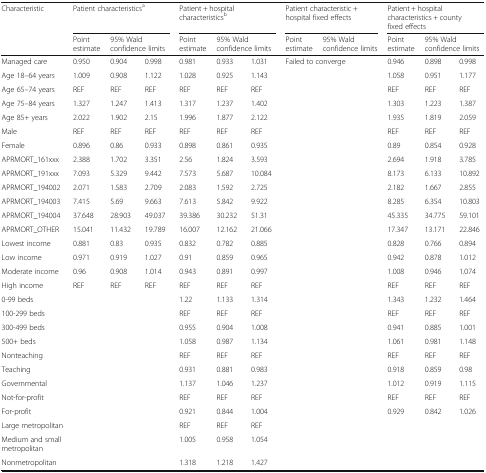
<table><thead><tr><td rowspan="2"><b>Characteristic</b></td><td colspan="3"><b>Patient characteristics<sup>a</sup></b></td><td colspan="3"><b>Patient + hospital characteristics<sup>b</sup></b></td><td colspan="2"><b>Patient characteristic + hospital fixed effects</b></td><td colspan="3"><b>Patient + hospital characteristics + county fixed effects</b></td></tr><tr><td><b>Point estimate</b></td><td colspan="2"><b>95% Wald confidence limits</b></td><td><b>Point estimate</b></td><td colspan="2"><b>95% Wald confidence limits</b></td><td><b>Point estimate</b></td><td><b>95% Wald confidence limits</b></td><td><b>Point estimate</b></td><td colspan="2"><b>95% Wald confidence limits</b></td></tr></thead><tbody><tr><td>Managed care</td><td>0.950</td><td>0.904</td><td>0.998</td><td>0.981</td><td>0.933</td><td>1.031</td><td colspan="2">Failed to converge</td><td>0.946</td><td>0.898</td><td>0.998</td></tr><tr><td>Age 18–64 years</td><td>1.009</td><td>0.908</td><td>1.122</td><td>1.028</td><td>0.925</td><td>1.143</td><td></td><td></td><td>1.058</td><td>0.951</td><td>1.177</td></tr><tr><td>Age 65–74 years</td><td>REF</td><td>REF</td><td>REF</td><td>REF</td><td>REF</td><td>REF</td><td></td><td></td><td>REF</td><td>REF</td><td>REF</td></tr><tr><td>Age 75–84 years</td><td>1.327</td><td>1.247</td><td>1.413</td><td>1.317</td><td>1.237</td><td>1.402</td><td></td><td></td><td>1.303</td><td>1.223</td><td>1.387</td></tr><tr><td>Age 85+ years</td><td>2.022</td><td>1.902</td><td>2.15</td><td>1.996</td><td>1.877</td><td>2.122</td><td></td><td></td><td>1.935</td><td>1.819</td><td>2.059</td></tr><tr><td>Male</td><td>REF</td><td>REF</td><td>REF</td><td>REF</td><td>REF</td><td>REF</td><td></td><td></td><td>REF</td><td>REF</td><td>REF</td></tr><tr><td>Female</td><td>0.896</td><td>0.86</td><td>0.933</td><td>0.898</td><td>0.861</td><td>0.935</td><td></td><td></td><td>0.89</td><td>0.854</td><td>0.928</td></tr><tr><td>APRMORT_161xxx</td><td>2.388</td><td>1.702</td><td>3.351</td><td>2.56</td><td>1.824</td><td>3.593</td><td></td><td></td><td>2.694</td><td>1.918</td><td>3.785</td></tr><tr><td>APRMORT_191xxx</td><td>7.093</td><td>5.329</td><td>9.442</td><td>7.573</td><td>5.687</td><td>10.084</td><td></td><td></td><td>8.173</td><td>6.133</td><td>10.892</td></tr><tr><td>APRMORT_194002</td><td>2.071</td><td>1.583</td><td>2.709</td><td>2.083</td><td>1.592</td><td>2.725</td><td></td><td></td><td>2.182</td><td>1.667</td><td>2.855</td></tr><tr><td>APRMORT_194003</td><td>7.415</td><td>5.69</td><td>9.663</td><td>7.613</td><td>5.842</td><td>9.922</td><td></td><td></td><td>8.285</td><td>6.354</td><td>10.803</td></tr><tr><td>APRMORT_194004</td><td>37.648</td><td>28.903</td><td>49.037</td><td>39.386</td><td>30.232</td><td>51.31</td><td></td><td></td><td>45.335</td><td>34.775</td><td>59.101</td></tr><tr><td>APRMORT_OTHER</td><td>15.041</td><td>11.432</td><td>19.789</td><td>16.007</td><td>12.162</td><td>21.066</td><td></td><td></td><td>17.347</td><td>13.171</td><td>22.846</td></tr><tr><td>Lowest income</td><td>0.881</td><td>0.83</td><td>0.935</td><td>0.832</td><td>0.782</td><td>0.885</td><td></td><td></td><td>0.828</td><td>0.766</td><td>0.894</td></tr><tr><td>Low income</td><td>0.971</td><td>0.919</td><td>1.027</td><td>0.91</td><td>0.859</td><td>0.965</td><td></td><td></td><td>0.942</td><td>0.878</td><td>1.012</td></tr><tr><td>Moderate income</td><td>0.96</td><td>0.908</td><td>1.014</td><td>0.943</td><td>0.891</td><td>0.997</td><td></td><td></td><td>1.008</td><td>0.946</td><td>1.074</td></tr><tr><td>High income</td><td>REF</td><td>REF</td><td>REF</td><td>REF</td><td>REF</td><td>REF</td><td></td><td></td><td>REF</td><td>REF</td><td>REF</td></tr><tr><td>0-99 beds</td><td></td><td></td><td></td><td>1.22</td><td>1.133</td><td>1.314</td><td></td><td></td><td>1.343</td><td>1.232</td><td>1.464</td></tr><tr><td>100-299 beds</td><td></td><td></td><td></td><td>REF</td><td>REF</td><td>REF</td><td></td><td></td><td>REF</td><td>REF</td><td>REF</td></tr><tr><td>300-499 beds</td><td></td><td></td><td></td><td>0.955</td><td>0.904</td><td>1.008</td><td></td><td></td><td>0.941</td><td>0.885</td><td>1.001</td></tr><tr><td>500+ beds</td><td></td><td></td><td></td><td>1.058</td><td>0.987</td><td>1.134</td><td></td><td></td><td>1.061</td><td>0.981</td><td>1.148</td></tr><tr><td>Nonteaching</td><td></td><td></td><td></td><td>REF</td><td>REF</td><td>REF</td><td></td><td></td><td>REF</td><td>REF</td><td>REF</td></tr><tr><td>Teaching</td><td></td><td></td><td></td><td>0.931</td><td>0.881</td><td>0.983</td><td></td><td></td><td>0.918</td><td>0.859</td><td>0.98</td></tr><tr><td>Governmental</td><td></td><td></td><td></td><td>1.137</td><td>1.046</td><td>1.237</td><td></td><td></td><td>1.012</td><td>0.919</td><td>1.115</td></tr><tr><td>Not-for-profit</td><td></td><td></td><td></td><td>REF</td><td>REF</td><td>REF</td><td></td><td></td><td>REF</td><td>REF</td><td>REF</td></tr><tr><td>For-profit</td><td></td><td></td><td></td><td>0.921</td><td>0.844</td><td>1.004</td><td></td><td></td><td>0.929</td><td>0.842</td><td>1.026</td></tr><tr><td>Large metropolitan</td><td></td><td></td><td></td><td>REF</td><td>REF</td><td>REF</td><td></td><td></td><td></td><td></td><td></td></tr><tr><td>Medium and small metropolitan</td><td></td><td></td><td></td><td>1.005</td><td>0.958</td><td>1.054</td><td></td><td></td><td></td><td></td><td></td></tr><tr><td>Nonmetropolitan</td><td></td><td></td><td></td><td>1.318</td><td>1.218</td><td>1.427</td><td></td><td></td><td></td><td></td><td></td></tr></tbody></table>